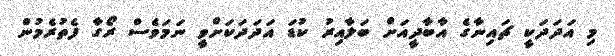
މި އަދަދަކީ ޗައިނާގެ އާބާދީއަށް ބަލާއިރު ކުޑަ އަދަދަކަށްވީ ނަމަވެސް ރޯގާ ފެތުރެމުން